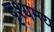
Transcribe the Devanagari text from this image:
दृश्यमय